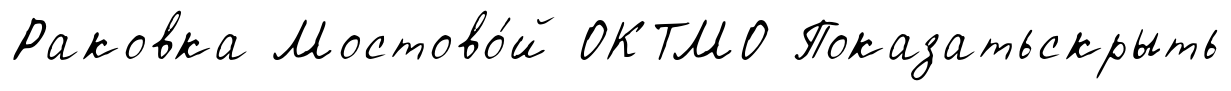
Раковка Мостово́й ОКТМО Показатьскрыть